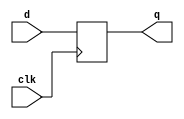

module block( 	q, 
		d, 
		clk );

output 		q 	 ; 

input 		d 	 ; 
input		clk	 ;

reg		n1	;
reg		q	;
always @(posedge clk) begin 
	n1 = d;  
	q  = n1;
end

endmodule


//===============================================

module nonblock( 	q, 
			d, 
			clk );

output 		q 	;
 
input		d 	; 
input 		clk	;

reg		n1	;
reg		q	;
always @(posedge clk) begin 
	n1 <= d;  
	q  <= n1; 
end

endmodule

//===============================================

module cnt6(	out,
		clk,
		rst_n);

output	[5:0]	out	;

input		clk	;
input		rst_n	;

reg	[5:0]	out	;

always @(posedge clk or negedge	rst_n) begin
	if(rst_n == 1'b0) begin
		out <= 6'd0;
	end else begin
		if(out >= 6'd59) begin
			out <= 6'd0;
		end else begin
			out <= out + 1'b1;
		end
	end
end

endmodule

//===============================================

module nco( 	clk_1hz, 
		num, 
		clk, 
		rst_n);

output 		clk_1hz	 ;

input [31:0] 	num	 ; 
input 		clk 	;
input		rst_n	; 

reg 	[31:0]	 cnt	 ; 
reg 		clk_1hz	 ; 

always @(posedge clk or negedge rst_n) begin 
	if(rst_n == 1'b0) begin 
		cnt <= 32'd0 ; 
		clk_1hz <= 1'd0; 
	end else begin 

	if(cnt >= num/2-1) begin 
		cnt <= 32'd0 ; 
		clk_1hz <= ~clk_1hz; 
	end else begin 
		cnt <= cnt + 1'b1; 
	end 
  end 

end

endmodule

//===============================================

module	top_cnt( 	out,
			num, 
			clk, 
			rst_n);

output [5:0] 	out	 ;

input [31:0] 	num	 ; 
input 		clk	 ; 
input		rst_n	 ;

wire 		clk_1hz	 ;

nco u_nco( 	.clk_1hz ( clk_1hz ), 
		.num ( num ), 
		.clk ( clk ), 
		.rst_n ( rst_n ));

cnt6 u_cnt6( 	.out ( out ), 
		.clk ( clk_1hz ), 
		.rst_n ( rst_n ));

endmodule